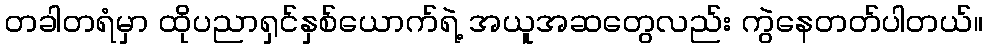
တခါတရံမှာ ထိုပညာရှင်နှစ်ယောက်ရဲ့ အယူအဆတွေလည်း ကွဲနေတတ်ပါတယ်။